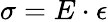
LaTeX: \sigma=E\cdot\epsilon